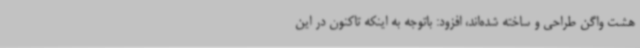
هشت واگن طراحی و ساخته شده‌اند، افزود: باتوجه به اینکه تاکنون در این